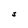
Character: S